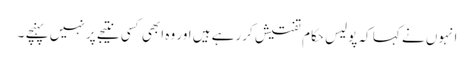
انہوں نے کہا کہ پولیس حکام تفتیش کررہے ہیں اور وہ ابھی کسی نتیجے پر نہیں پہنچے ۔